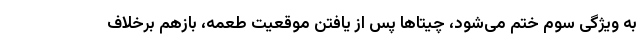
به ویژگی سوم ختم می‌شود، چیتاها پس از یافتن موقعیت طعمه، بازهم برخلاف